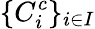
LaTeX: \{ C_{i}^{c}\} _{i\in I}